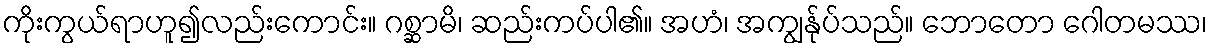
ကိုးကွယ်ရာဟူ၍လည်းကောင်း။ ဂစ္ဆာမိ၊ ဆည်းကပ်ပါ၏။ အဟံ၊ အကျွန်ုပ်သည်။ ဘောတော ဂေါတမဿ၊